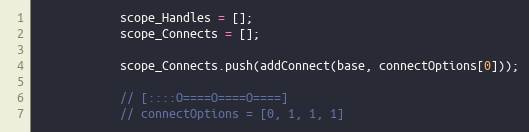
Language: JavaScript
            scope_Handles = [];
            scope_Connects = [];

            scope_Connects.push(addConnect(base, connectOptions[0]));

            // [::::O====O====O====]
            // connectOptions = [0, 1, 1, 1]